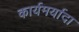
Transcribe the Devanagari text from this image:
कार्यमर्यादा